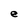
Character: e